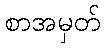
စာအမှတ်